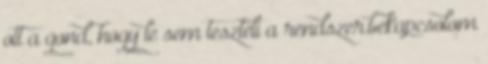
ott a gond, hogy le sem teszteli a rendszer.bekapcsolom